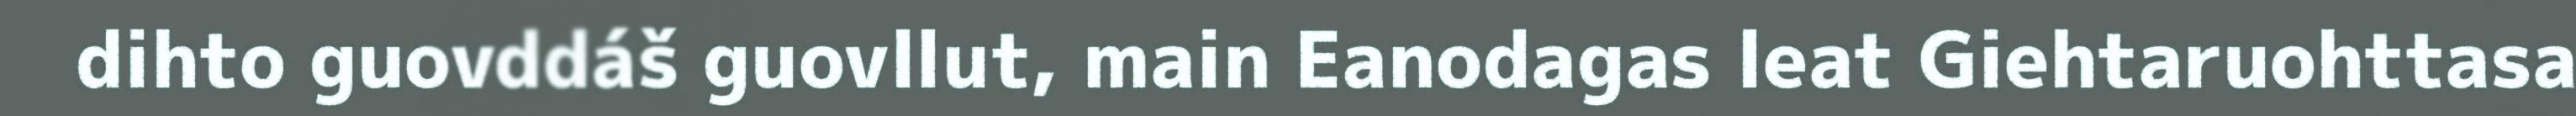
dihto guovddáš guovllut, main Eanodagas leat Giehtaruohttasa